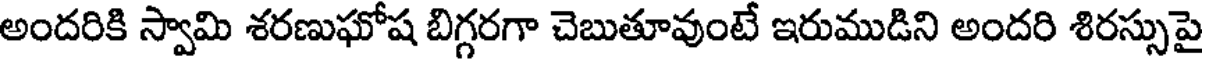
అందరికి స్వామి శరణుఘోష బిగ్గరగా చెబుతూవుంటే ఇరుముడిని అందరి శిరస్సుపై